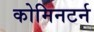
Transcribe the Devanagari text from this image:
कोमिनटर्न